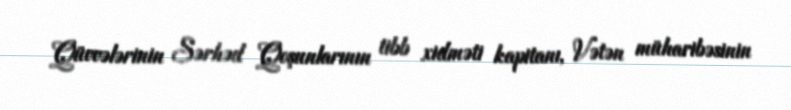
Qüvvələrinin Sərhəd Qoşunlarının tibb xidməti kapitanı, Vətən müharibəsinin